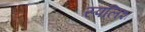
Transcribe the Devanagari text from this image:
स्पलिश